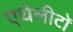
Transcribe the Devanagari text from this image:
एथेलीटों